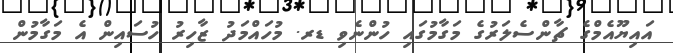
އައިޔޫއެމްގެ ޗާންސެލަރުގެ މަގާމުގައި ހުންނެވި ޑރ. މުހައްމަދު ޒާހިރު ހުސައިން އެ މަގާމުން